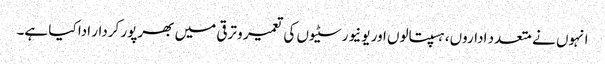
انہوں نے متعدد اداروں، ہسپتالوں اور یونیورسٹیوں کی تعمیر و ترقی میں بھرپور کردار ادا کیا ہے۔